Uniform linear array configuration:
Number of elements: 8
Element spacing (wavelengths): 0.5
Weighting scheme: exponential
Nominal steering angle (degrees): -30
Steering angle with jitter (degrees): -28.583
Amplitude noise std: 0.05
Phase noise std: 0.05

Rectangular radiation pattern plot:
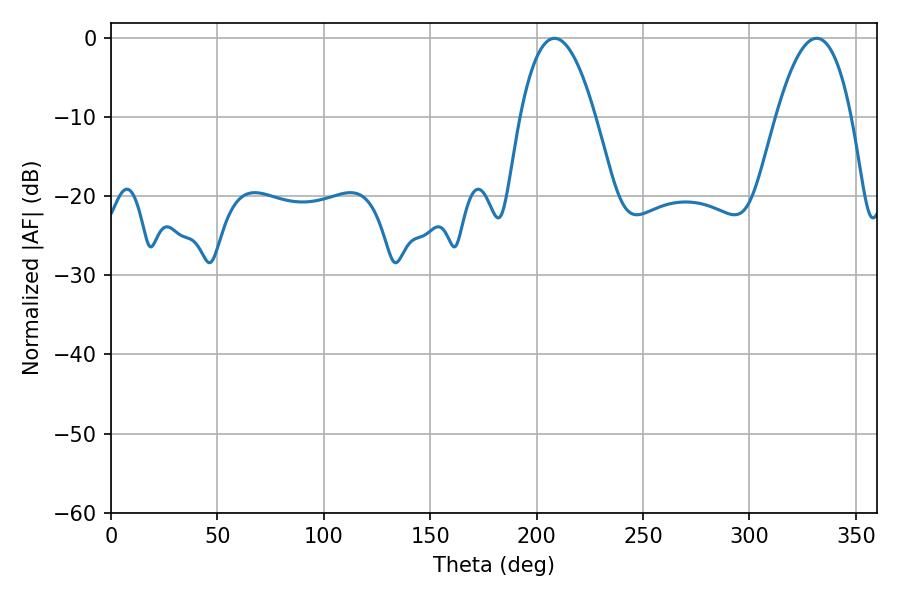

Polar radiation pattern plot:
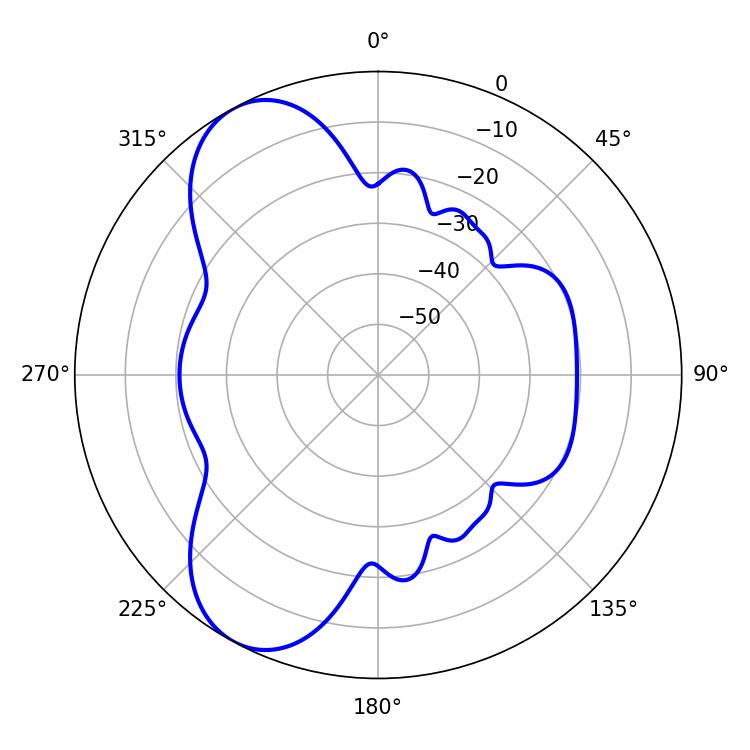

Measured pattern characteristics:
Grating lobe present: FALSE
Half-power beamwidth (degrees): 19.62
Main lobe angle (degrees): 208.44